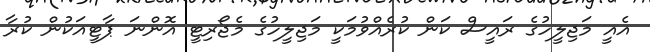
އެއީ މަޖިލީހުގެ ރައީސް ކަން ކުރެއްވުމަކީ މަޖިލީހުގެ މެޖޯރިޓީ އޮންނަ ޕާޓީއަކުން ކުރާ